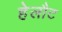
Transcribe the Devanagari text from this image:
हेलौट